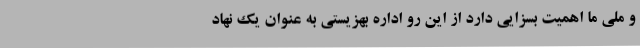
و ملی ما اهمیت بسزایی دارد از این رو اداره بهزیستی به عنوان یک نهاد